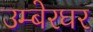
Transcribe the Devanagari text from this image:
उम्बेरघर